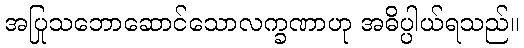
အပြုသဘောဆောင်သောလက္ခဏာဟု အဓိပ္ပါယ်ရသည်။